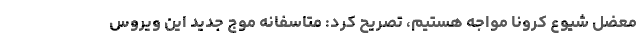
معضل شیوع کرونا مواجه هستیم، تصریح کرد: متاسفانه موج جدید این ویروس